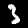
Label: 3